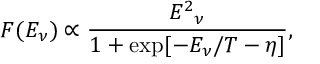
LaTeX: F ( E _ { \nu } ) \propto \frac { { E ^ { 2 } } _ { \nu } } { 1 + \exp [ { - E _ { \nu } / T - \eta } ] } ,